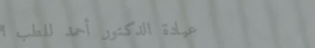
عيادة الدكتور أحمد للطب ا